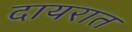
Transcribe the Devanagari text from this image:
दायरात